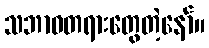
သဘာဝတရားတွေတဲ့နော်။